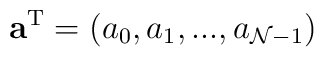
{\bf a}^{\rm T} = ( a_0, a_1, ..., a_{{\cal N} -1} )